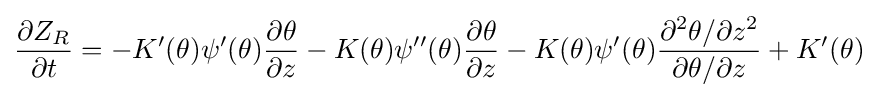
{\frac {\partial Z_{R}}{\partial t}}=-K'(\theta )\psi '(\theta ){\frac {\partial \theta }{\partial z}}-K(\theta )\psi ''(\theta ){\frac {\partial \theta }{\partial z}}-K(\theta )\psi '(\theta ){\frac {\partial ^{2}\theta /\partial z^{2}}{\partial \theta /\partial z}}+K'(\theta )